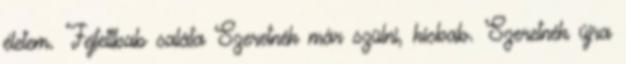
életem. Fejtettbab saláta Szeretnék már szülni, kisbab. Szeretnék újra